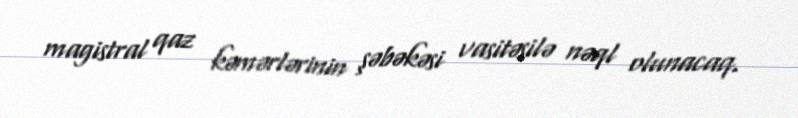
magistral qaz kəmərlərinin şəbəkəsi vasitəsilə nəql olunacaq.